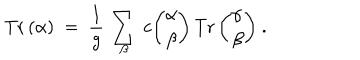
LaTeX: \mathrm { T r } \, ( \alpha ) ~ = ~ { \frac { 1 } { g } } \, \sum _ { \beta } \, c { \binom { \alpha } { \beta } } \, \mathrm { T r } \, { \binom { \alpha } { \beta } } ~ .